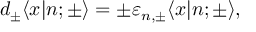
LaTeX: d _ { \pm } \langle x | n ; { \pm } \rangle = \pm \varepsilon _ { n , { \pm } } \langle x | n ; { \pm } \rangle ,